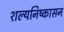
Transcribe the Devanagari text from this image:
शल्यनिष्कासन